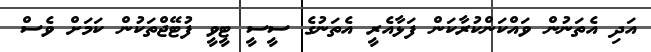
އަދި އެތަނުން ވައްކަންކުރާކަން ފަޅާއެރީ އެތަނުގެ ސީސީ ޓީވީ ފުޓޭޖްތަކުން ކަމަށް ވެސް